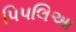
પિપલિઆ